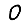
Digit: 0